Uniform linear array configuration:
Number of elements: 16
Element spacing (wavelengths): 1
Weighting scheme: hann
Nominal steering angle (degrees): -15
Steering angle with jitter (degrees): -16.825
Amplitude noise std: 0.05
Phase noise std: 0.05

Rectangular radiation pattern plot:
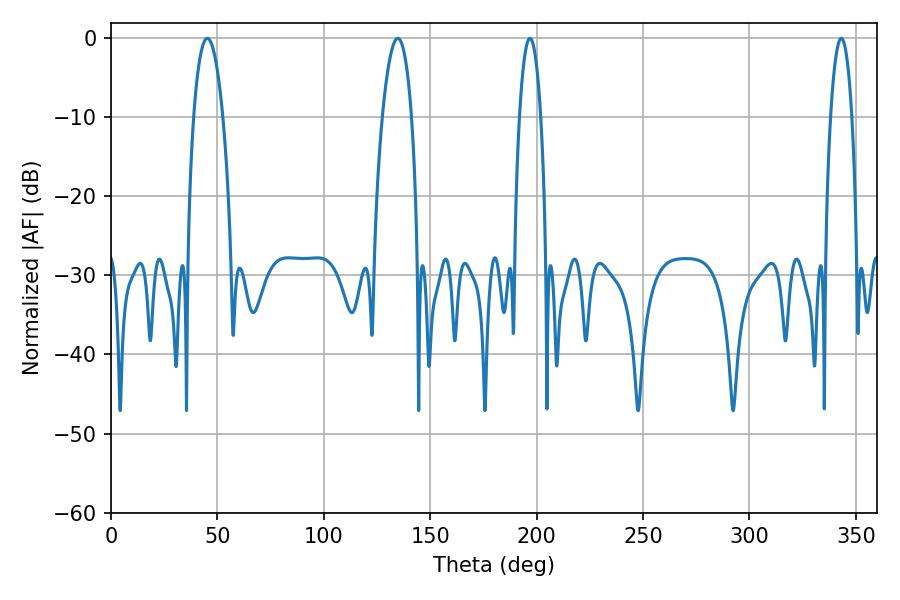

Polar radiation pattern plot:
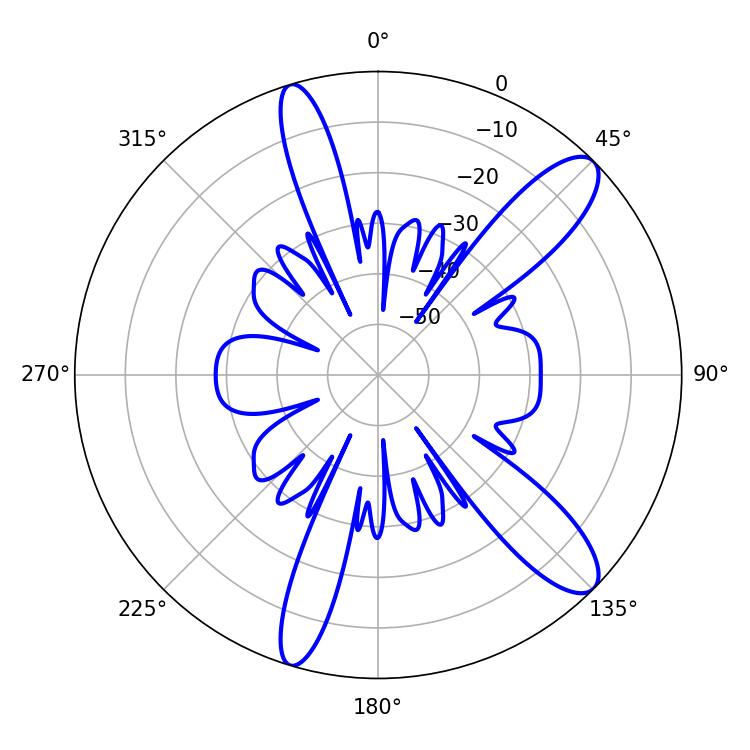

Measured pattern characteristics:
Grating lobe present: TRUE
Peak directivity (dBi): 11.474
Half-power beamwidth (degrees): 7.56
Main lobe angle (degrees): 134.82